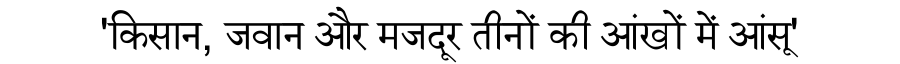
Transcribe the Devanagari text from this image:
'किसान, जवान और मजदूर तीनों की आंखों में आंसू'